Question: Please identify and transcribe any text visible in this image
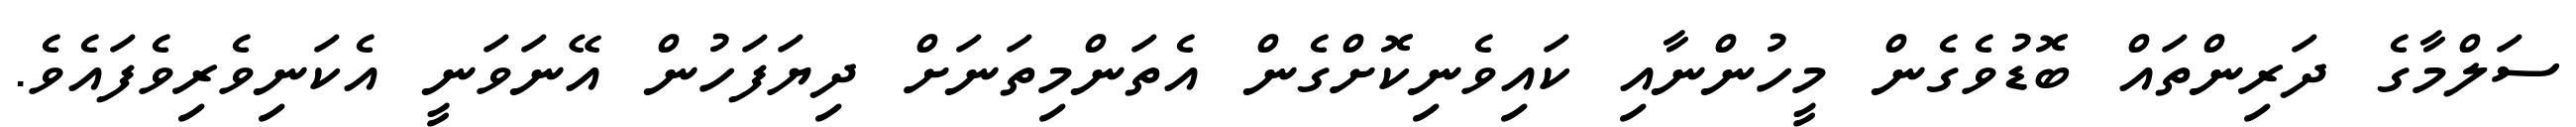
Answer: ސަލްމާގެ ދަރިންތައް ބޮޑުވެގެން މީހުންނާއި ކައިވެނިކޮށްގެން އެތަންމިތަނަށް ދިޔަފަހުން އޭނަވަނީ އެކަނިވެރިވެފައެވެ.